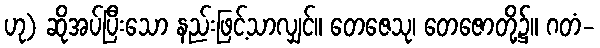
ဟု) ဆိုအပ်ပြီးသော နည်းဖြင့်သာလျှင်။ တေဇေသု၊ တေဇောတို့၌။ ဂတံ-